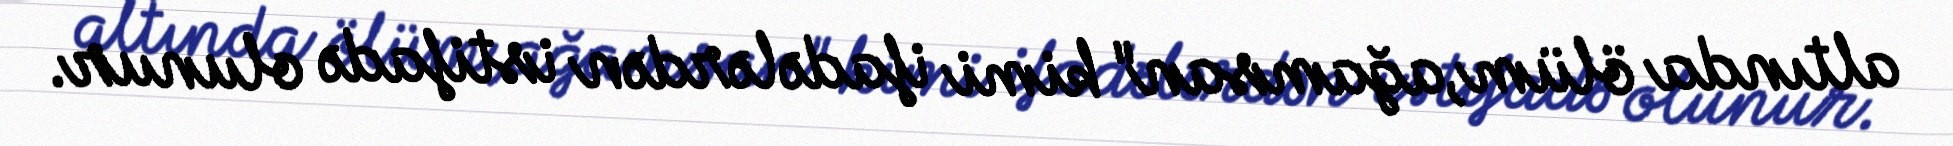
altında ölüm,ağamsan" kimi ifadələrdən istifadə olunur.